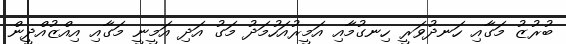
ބުރުޒު މަގާއި ހަނދުވަރީ ހިނގުމާއި އަމީރުއަހުމަދު މަގު އަދި އަމީނީ މަގާއި އިއްޒުއްދީން